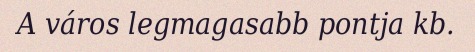
A város legmagasabb pontja kb.